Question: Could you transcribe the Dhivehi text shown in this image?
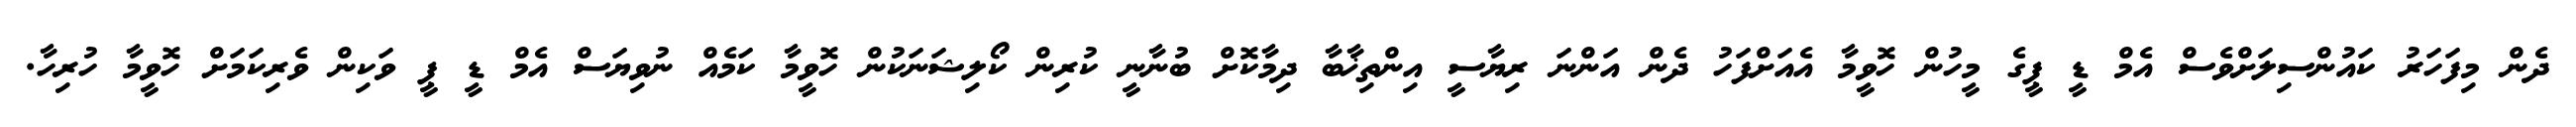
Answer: ދެން މިފަހަރު ކައުންސިލަށްވެސް އެމް ޑީ ޕީގެ މީހުން ހޮވީމާ އެއަށްފަހު ދެން އަންނަ ރިޔާސީ އިންތިޚާބާ ދިމާކޮށް ބުނާނީ ކުރިން ކޯލިޝަނަކުން ހޮވީމާ ކަމެއް ނުވިޔަސް އެމް ޑީ ޕީ ވަކިން ވެރިކަމަށް ހޮވީމާ ހުރިހާ.